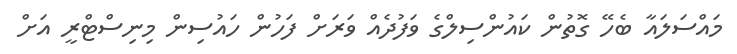
މައްސަލައާ ބެހޭ ގޮތުން ކައުންސިލްގެ ވަފުދެއް ވަރަށް ފަހުން ހައުސިން މިނިސްޓްރީ އަށް